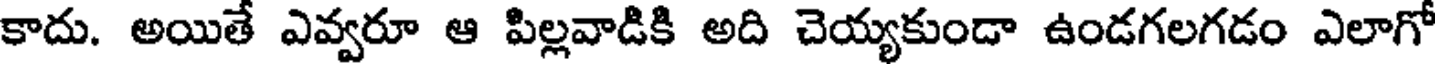
కాదు. అయితే ఎవ్వరూ ఆ పిల్లవాడికి అది చెయ్యకుండా ఉండగలగడం ఎలాగో